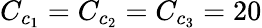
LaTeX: C_{c_{1}}=C_{c_{2}}=C_{c_{3}}=20